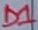
Text: D1